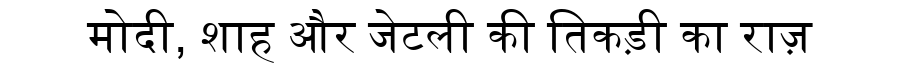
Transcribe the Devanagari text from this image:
मोदी, शाह और जेटली की तिकड़ी का राज़